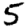
Digit: 5